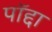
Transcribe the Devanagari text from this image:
पॉद्दा